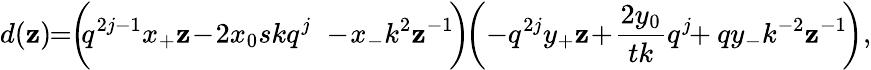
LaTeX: d(\mathbf{z})\! \! =\! \! \left(\! \! q^{2j-1}x_{+}\mathbf{z}\! -\! 2x_{0}skq^{j}\phantom{\frac{{q^{j}}}{{s}}}\! \! \! \! \! \! -\! x_{-}k^{2}\mathbf{z}^{-1}\! \right)\! \! \left(-q^{2j}y_{+}\mathbf{z}\! +\! \frac{{2y_{0}}}{{tk}}q^{j}\! \! +qy_{-}k^{-2}\mathbf{z}^{-1}\! \right),